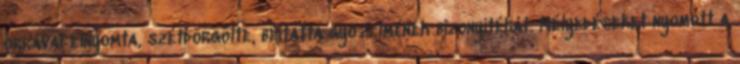
orrával elnyomta, szétdörgölte, beitatta győzelmének bizonyítékát. Mélyedéseket nyomott a